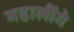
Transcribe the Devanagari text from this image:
महालींगे